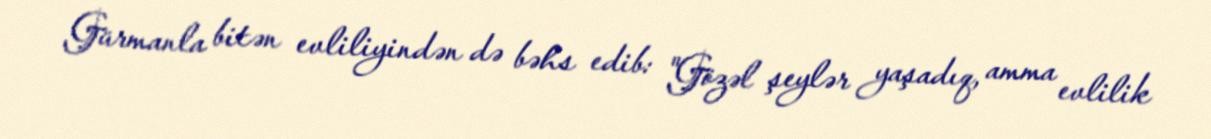
Gürmanla bitən evliliyindən də bəhs edib: "Gözəl şeylər yaşadıq, amma evlilik